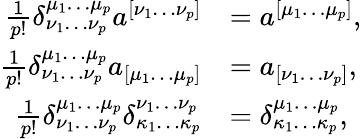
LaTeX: {\begin{array}{rl}{{\frac{1}{p!}}\delta_{\nu_{1}\dots\nu_{p}}^{\mu_{1}\dots\mu_{p}}a^{[\nu_{1}\dots\nu_{p}]}}&{=a^{[\mu_{1}\dots\mu_{p}]},}\\ {{\frac{1}{p!}}\delta_{\nu_{1}\dots\nu_{p}}^{\mu_{1}\dots\mu_{p}}a_{[\mu_{1}\dots\mu_{p}]}}&{=a_{[\nu_{1}\dots\nu_{p}]},}\\ {{\frac{1}{p!}}\delta_{\nu_{1}\dots\nu_{p}}^{\mu_{1}\dots\mu_{p}}\delta_{\kappa_{1}\dots\kappa_{p}}^{\nu_{1}\dots\nu_{p}}}&{=\delta_{\kappa_{1}\dots\kappa_{p}}^{\mu_{1}\dots\mu_{p}},}\end{array}}